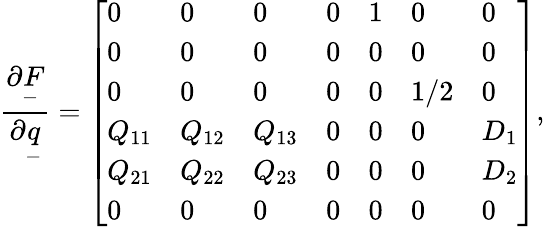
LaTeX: \frac{\partial\underset{-}{F}}{\partial\underset{-}{q}}=\left[\begin{array}{lllllll}{0}&{0}&{0}&{0}&{1}&{0}&{0}\\ {0}&{0}&{0}&{0}&{0}&{0}&{0}\\ {0}&{0}&{0}&{0}&{0}&{1/2}&{0}\\ {Q_{11}}&{Q_{12}}&{Q_{13}}&{0}&{0}&{0}&{D_{1}}\\ {Q_{21}}&{Q_{22}}&{Q_{23}}&{0}&{0}&{0}&{D_{2}}\\ {0}&{0}&{0}&{0}&{0}&{0}&{0}\end{array}\right],